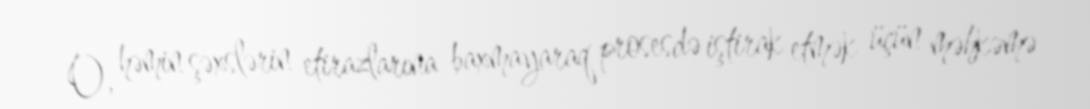
O, həmin şəxslərin etirazlarına baxmayaraq prosesdə iştirak etmək üçün məhkəmə